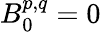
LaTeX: B_{0}^{p,q}=0